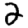
Digit: 2